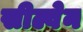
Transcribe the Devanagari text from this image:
सील्वेन